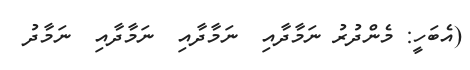
(އެބަހީ: މެންދުރު ނަމާދާއި  ނަމާދާއި  ނަމާދާއި  ނަމާދު